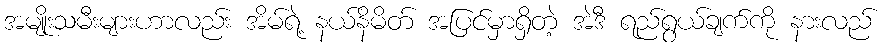
အမျိုးသမီးများဟာလည်း အိမ်ရဲ့ နယ်နိမိတ် အပြင်မှာရှိတဲ့ အဲဒီ ရည်ရွယ်ချက်ကို နားလည်